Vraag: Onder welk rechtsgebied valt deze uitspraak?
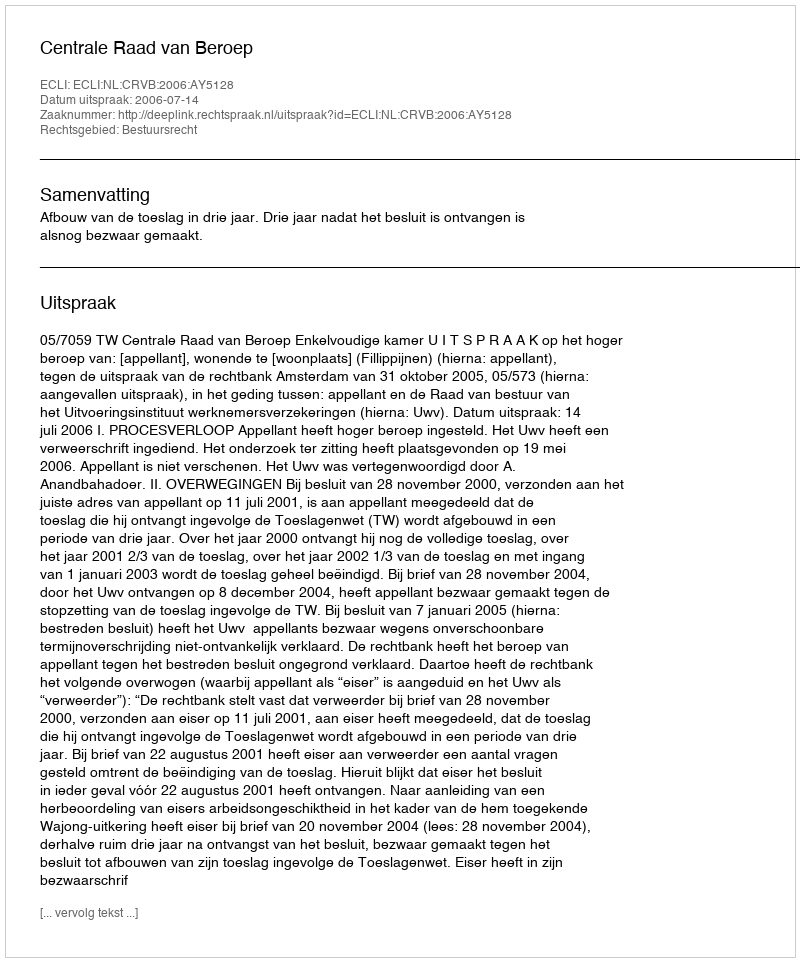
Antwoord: Bestuursrecht